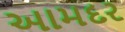
આમદર